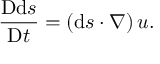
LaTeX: { \frac { \mathrm { D } \mathrm { d } { \boldsymbol { s } } } { \mathrm { D } t } } = \left( \mathrm { d } { \boldsymbol { s } } \cdot { \boldsymbol { \nabla } } \right) { \boldsymbol { u } } .